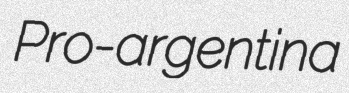
Pro-argentina